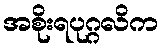
အစိုးရပုဂ္ဂလိက